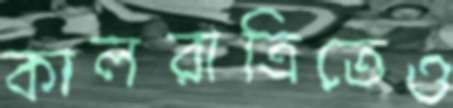
কালরাত্রিতেও